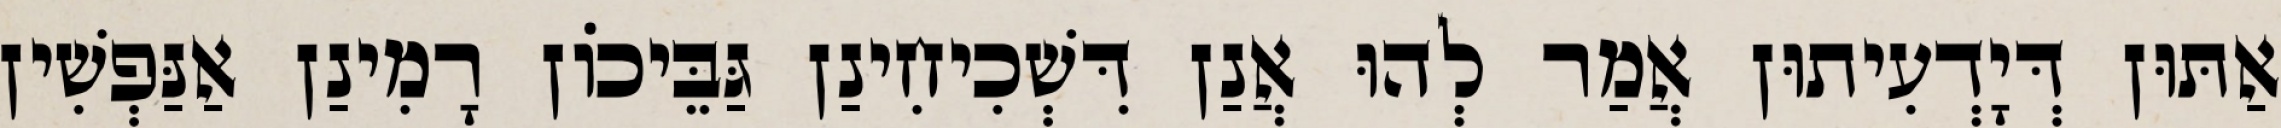
אַתּוּן דְּיָדְעִיתוּן אֲמַר לְהוּ אֲנַן דִּשְׁכִיחִינַן גַּבֵּיכוֹן רָמִינַן אַנַּפְשִׁין